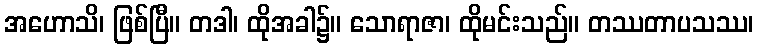
အဟောသိ၊ ဖြစ်ပြီ။ တဒါ၊ ထိုအခါ၌။ သောရာဇာ၊ ထိုမင်းသည်။ တဿတာပသဿ၊